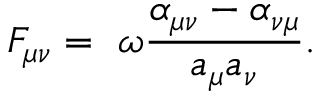
F _ { \mu \nu } = \ \omega \frac { \alpha _ { \mu \nu } - \alpha _ { \nu \mu } } { a _ { \mu } a _ { \nu } } .